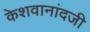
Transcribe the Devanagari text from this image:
केशवानांदजी